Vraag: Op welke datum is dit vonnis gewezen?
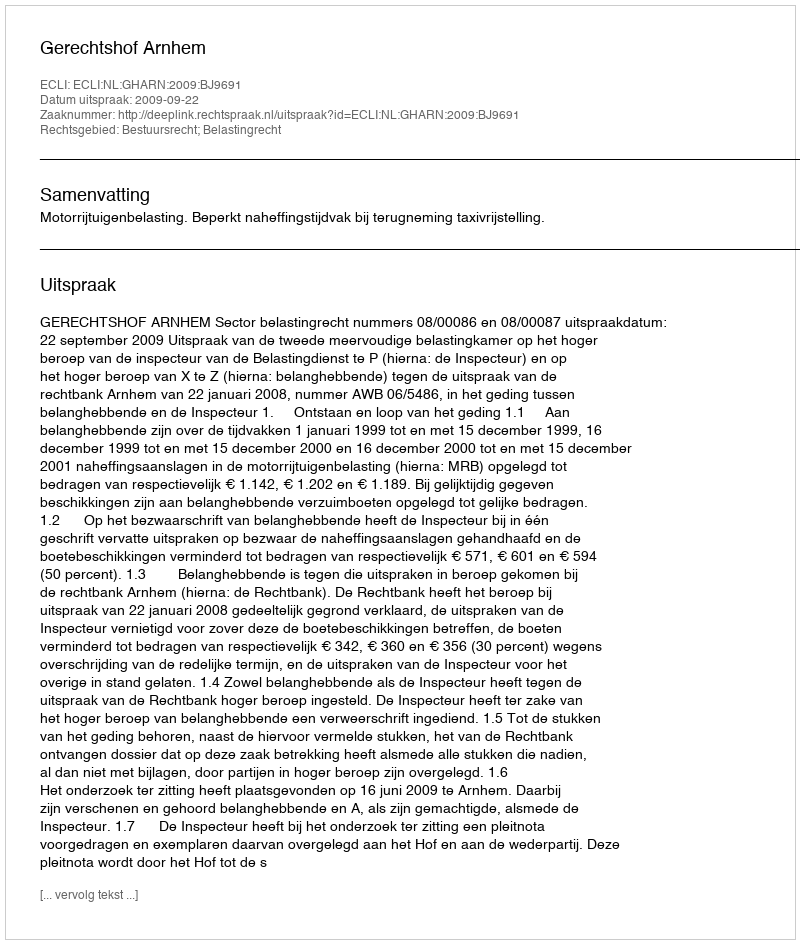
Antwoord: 2009-09-22